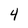
Character: 4